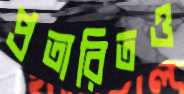
প্রতারিতও